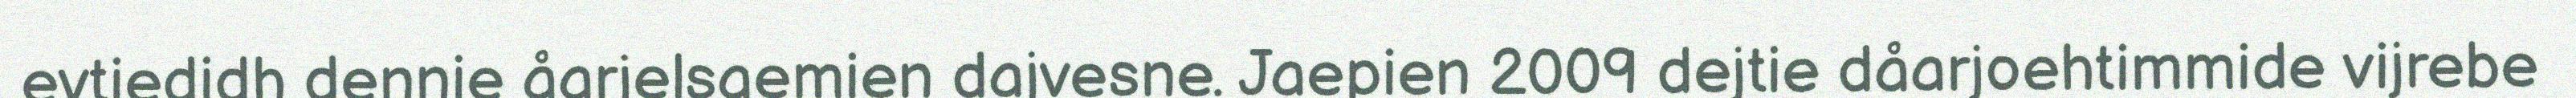
evtiedidh dennie åarjelsaemien dajvesne. Jaepien 2009 dejtie dåarjoehtimmide vijrebe